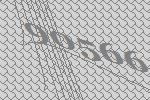
90566